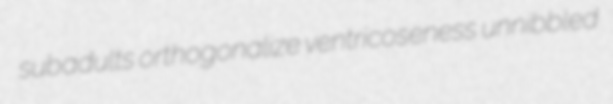
subadults orthogonalize ventricoseness unnibbled